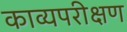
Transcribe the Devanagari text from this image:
काव्यपरीक्षण